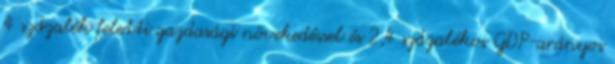
4 százalék feletti gazdasági növekedéssel és 2,4 százalékos GDP-arányos